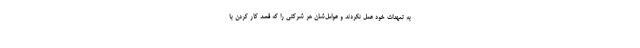
به تعهدات خود عمل نکردند و عوامل‌شان هر شرکتی را که قصد کار کردن با